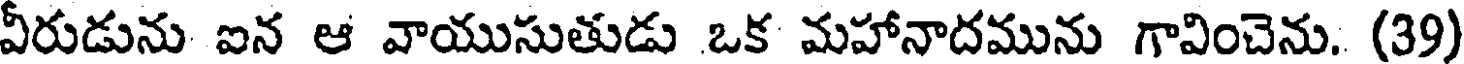
వీరుడును ఐన ఆ వాయుసుతుడు ఒక మహానాదమును గావించెను. (39)